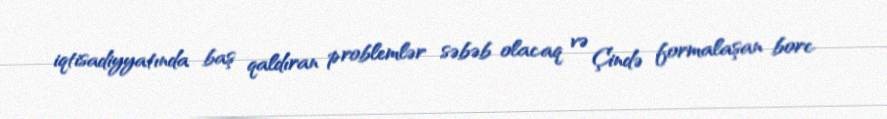
iqtisadiyyatında baş qaldıran problemlər səbəb olacaq və Çində formalaşan borc